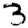
Digit: 3